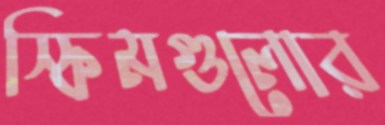
স্কিমগুলোর